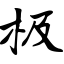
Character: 极